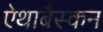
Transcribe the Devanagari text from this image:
ऐथाबैस्कन